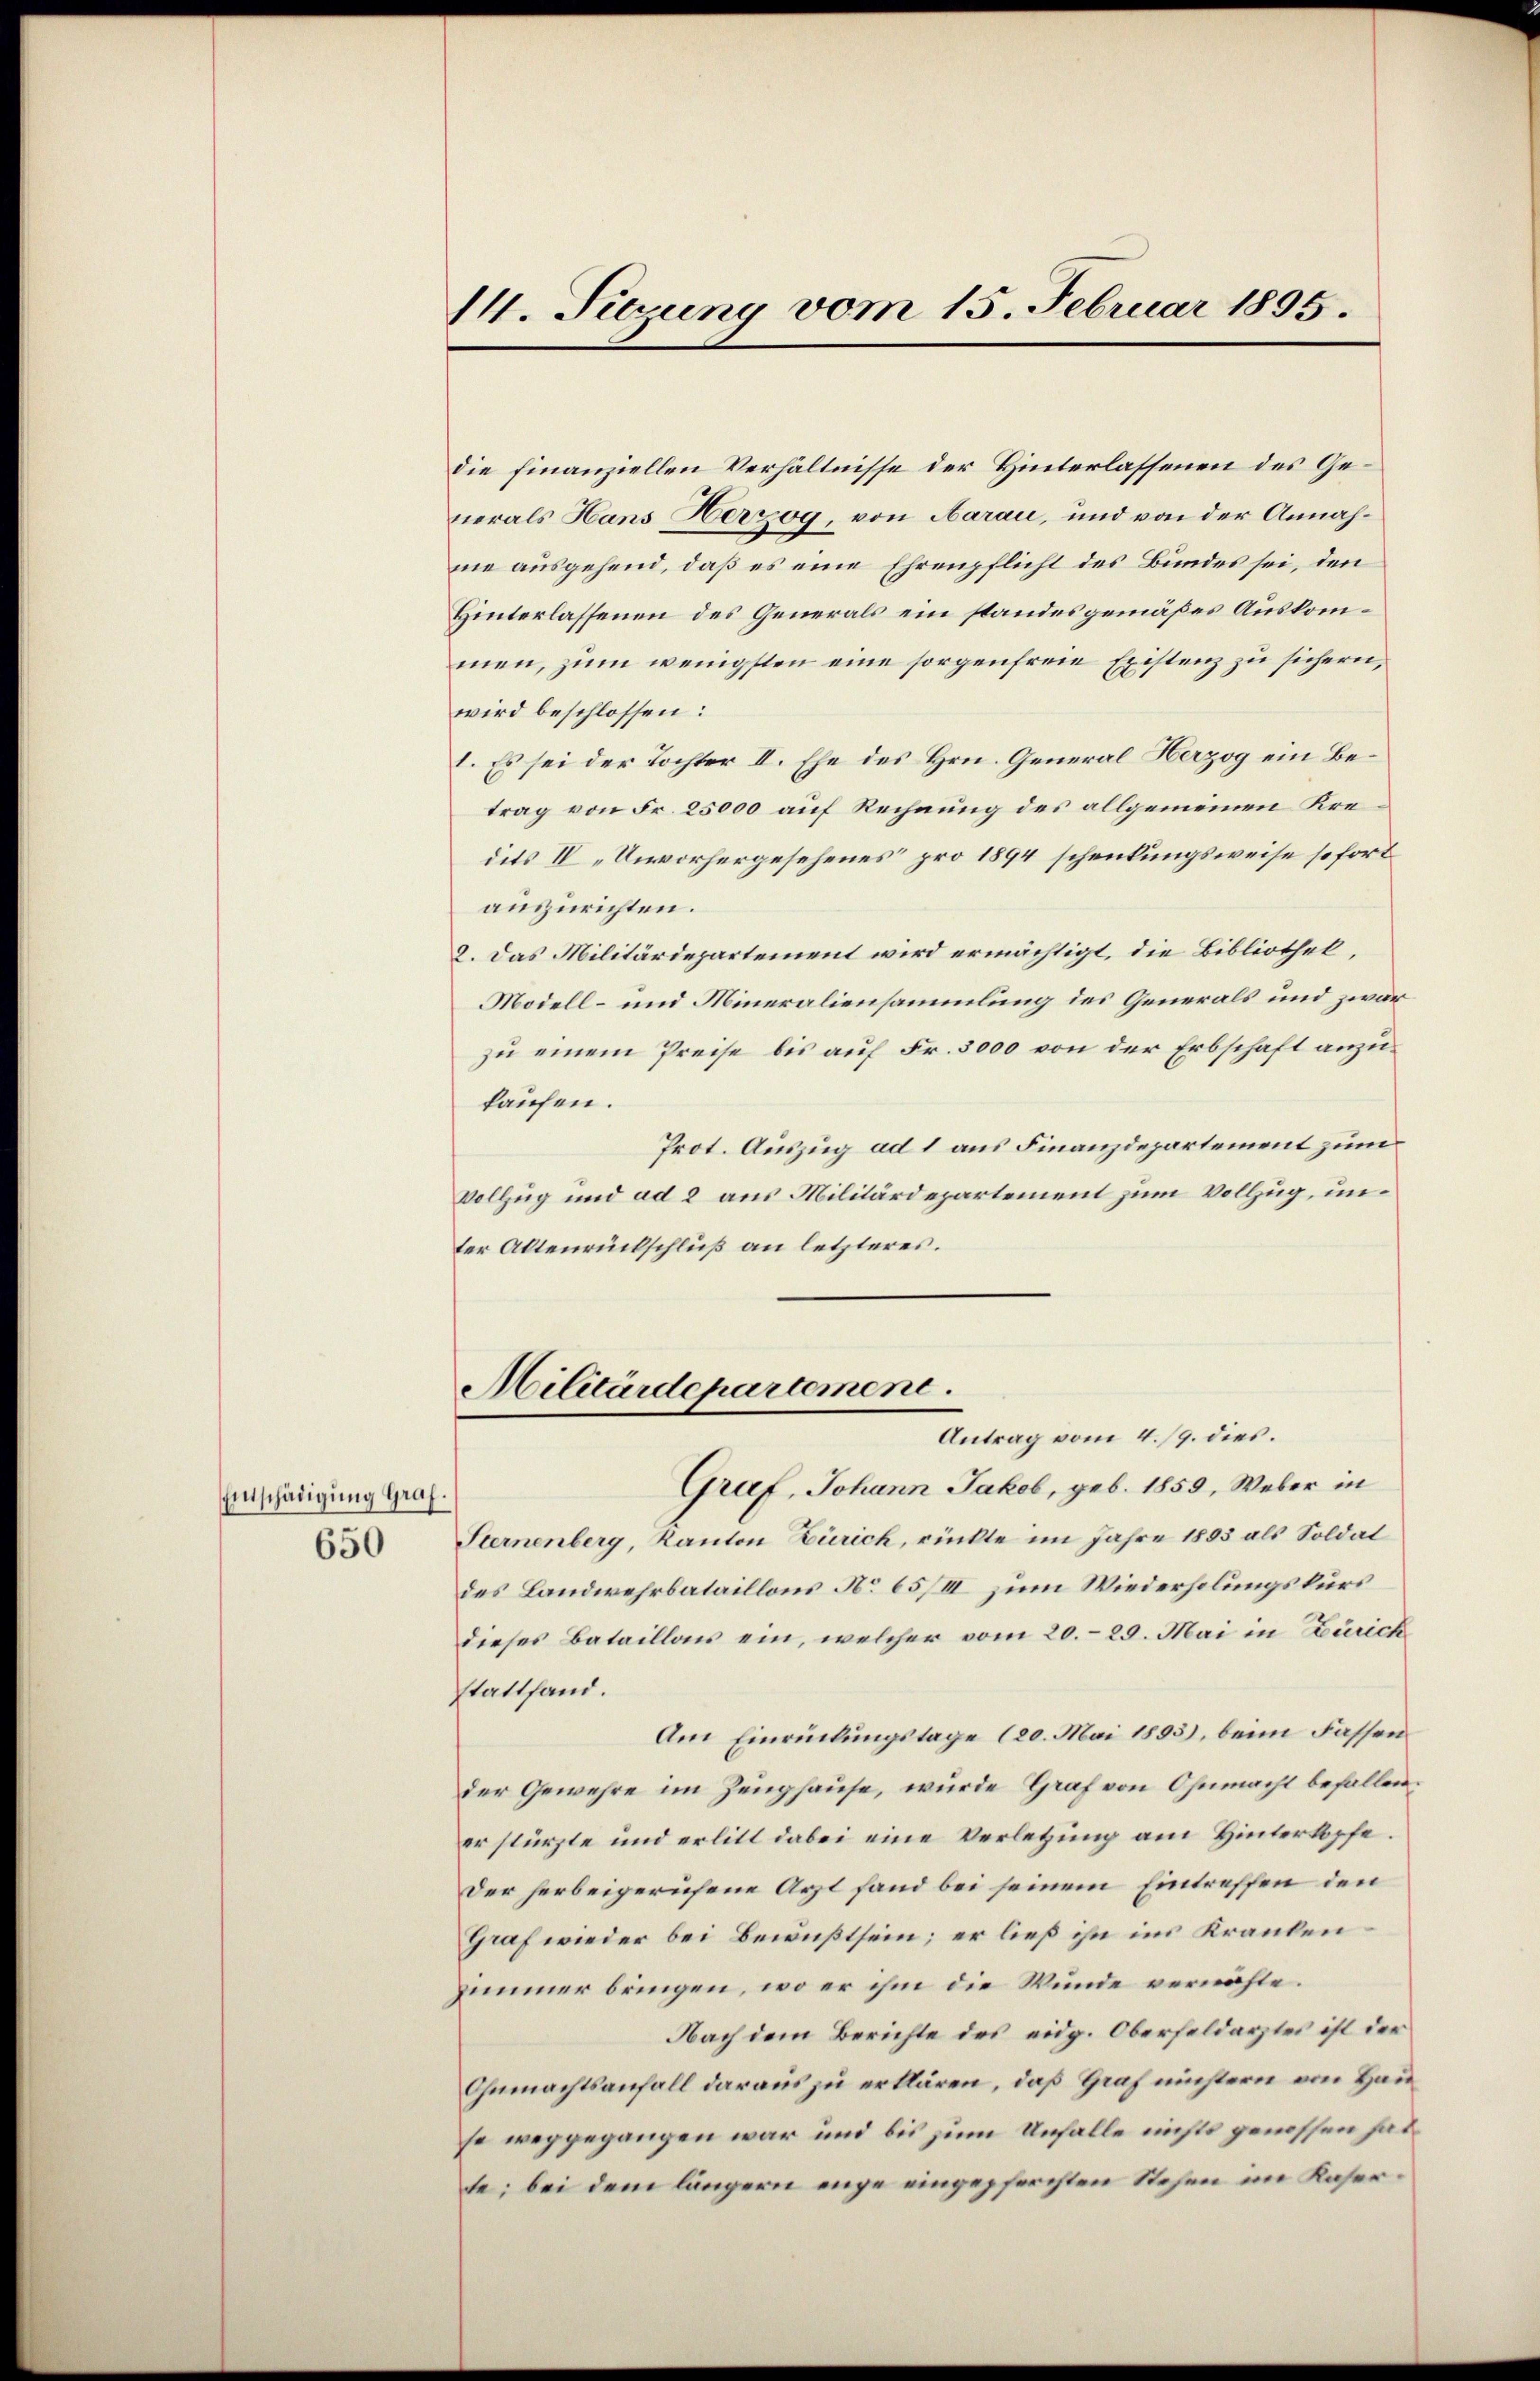
Entschädigung Graf.
650

II. Sitzung vom 15. Februar 1805.

die finanziellen Verhältnisse der Hinterlassenen des Generals Hans Herzog, von Aarau, und von der Annahme ausgehend, daß es eine Ehrenpflicht des Bundes sei, den
Hinterlassenen des Generals ein standesgemäßes Auskommen, zum wenigsten eine sorgenfreie Existenz zu sichern,
wird beschlossen:
I. Es sei der Tochter II. Ehe des Hrn. General Herzog ein Betrag von Fr. 25000 auf Rechnung des allgemeinen Kredits IV „Unvorhergesehenes pro 1894 schenkungsweise sofort
auszurichten.
8. Das Militärdepartement wird ermächtigt, die Bibliothek,
Modell- und Mineraliensammlung des Generals und zwar
zu einem Preise bis auf Fr. 3000 von der Erbschaft anzukaufen.
Prot. Auszug ad 1 aus Finanzdepartement zum
Vollzug und ad 2 aus Militärdepartement zum Vollzug, unter Altenrückschluß an letzteres.
Militärdepartement.
Antrag vom 4./9. dies.
Graf, Johann Jakob, geb. 1859, Weber in
Sternenberg, Kanton Zürich, rückte im Jahre 1893 als Soldat
des Landwehrbataillons No 65/III zum Wiederholungskurs
dieses Bataillons ein, welcher vom 20. 29. Mai in Zürich
stattfand.
Am Einrückungstage (20. Mai 1893), beim Fassen
der Gewehre im Zeughause, wurde Graf von Ohnmacht befallen.
er stürzte und erlitt dabei eine Verletzung am Hinterkopfe.
Der herbeigerufene Arzt fand bei seinem Eintreffen den
Graf wieder bei Bewußtsein; er ließ ihn im Kranken¬
Zimmer bringen, wo er ihm die Wunde vermöchte.
Nach dem Berichte des eidg. Oberfeldarztes ist der
Ohnmachtsanfall daraus zu erklären, daß Graf nichtern von Hau
so weggegangen war und bis zum Unfalle nichts genossen hat.
te; bei dem längern enge eingepferchten Stehen im Kaser¬